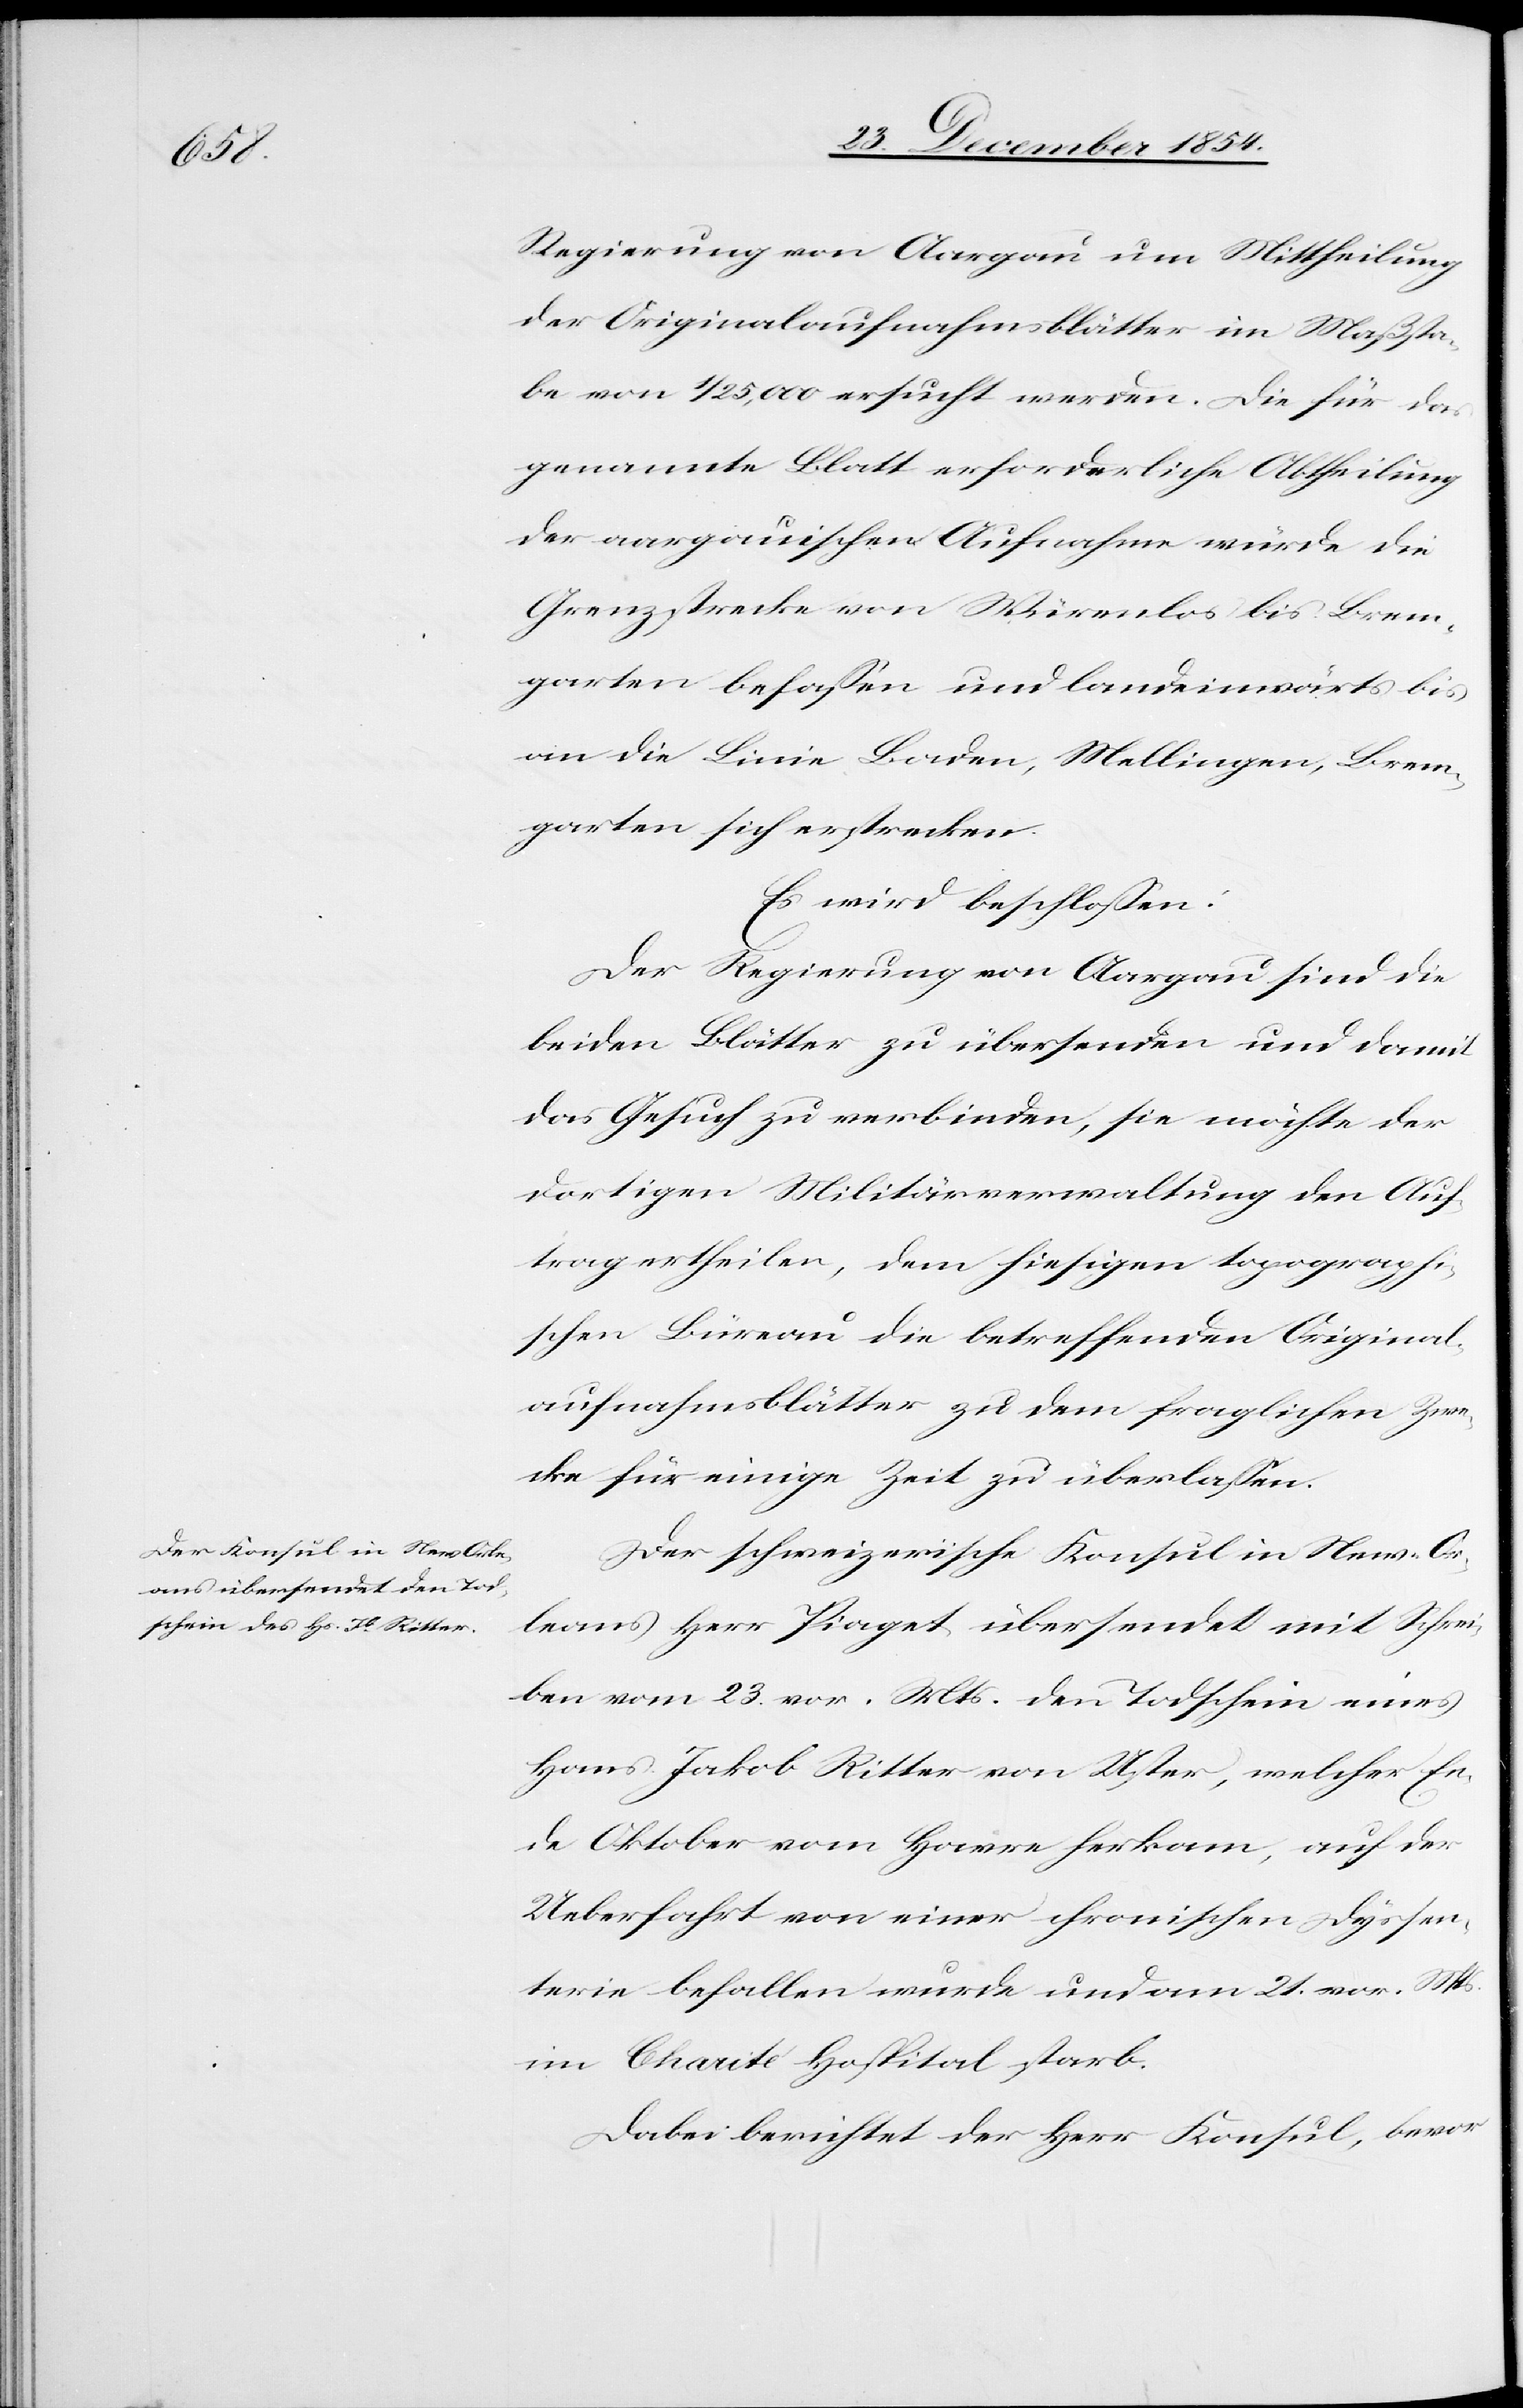
Regierung von Aargau um Mittheilung
der Originalaufnahmsblätter im Maßsta¬
be von 1/25,000 ersucht werden. Die für das
genannte Blatt erforderliche Abtheilung
der aargauischen Aufnahme würde die
Grenzstrecke von Würenlos bis Brem¬
garten befaßen und landeinwärts bis
an die Linie Baden, Mellingen, Brem¬
garten sich erstrecken.
Es wird beschloßen:
Der Regierung von Aargau sind die
beiden Blätter zu übersenden und damit
das Gesuch zu verbinden, sie möchte der
dortigen Militärverwaltung den Auf¬
trag ertheilen, dem hiesigen topographi¬
schen Büreau die betreffenden Original¬
aufnahmsblätter zu dem fraglichen Zwe¬
cke für einige Zeit zu überlaßen.
Der schweizerische Konsul in New-Or¬
leans Herr Piaget übersendet mit Schrei¬
ben vom 23. vor. Mts. den Todschein eines
Hans Jakob Ritter von Uster, welcher En¬
de Oktober vom Havre herkam, auf der
Ueberfahrt von einer chronischen Dyssen¬
terie befallen wurde und am 21. vor. Mts.
im Charité Hospital starb.
Dabei berichtet der Herr Konsul, bevor